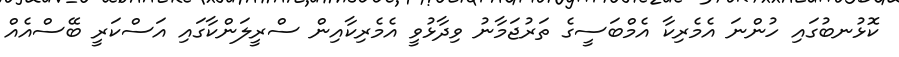
ކޮޅުނބުގައި ހުންނަ އެމެރިކާ އެމްބަސީގެ ތަރުޖަމާނު ވިދާޅުވީ އެމެރިކާއިން ސްރީލަންކާގައި އަސްކަރީ ބޭސްއެއް